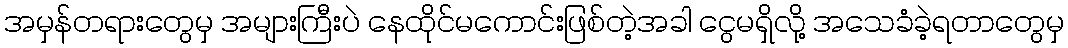
အမှန်တရားတွေမှ အများကြီးပဲ နေထိုင်မကောင်းဖြစ်တဲ့အခါ ငွေမရှိလို့ အသေခံခဲ့ရတာတွေမှ